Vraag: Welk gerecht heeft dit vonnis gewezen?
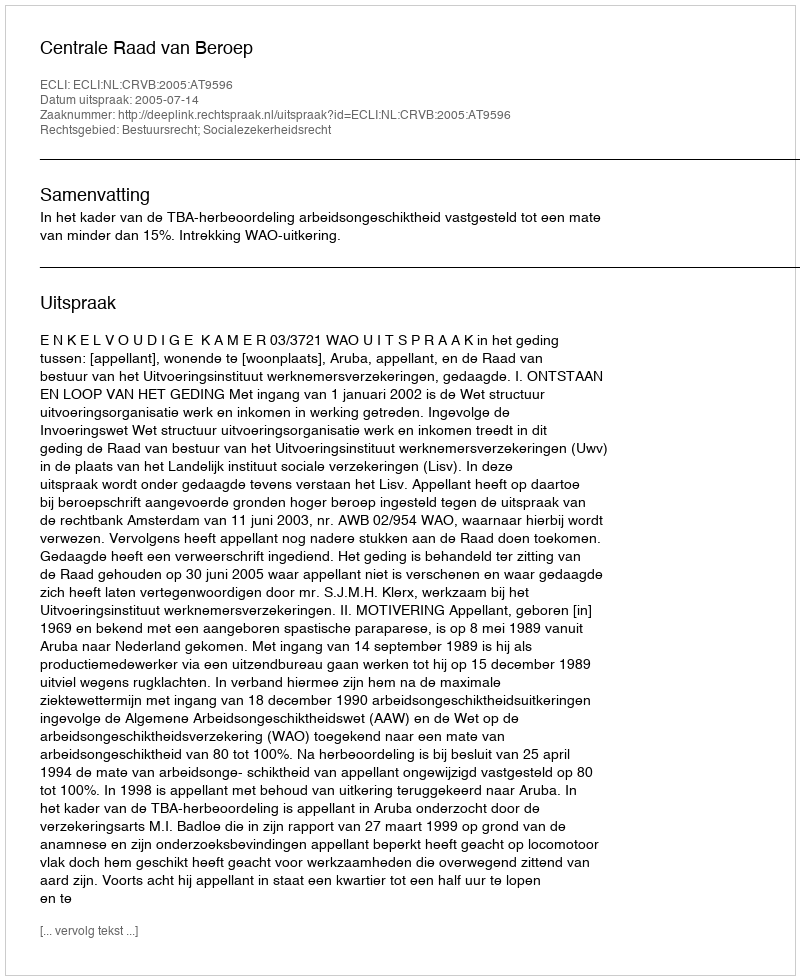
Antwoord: Centrale Raad van Beroep